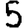
Digit: 5